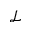
\mathcal { L }